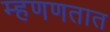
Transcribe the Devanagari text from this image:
म्हणणतात